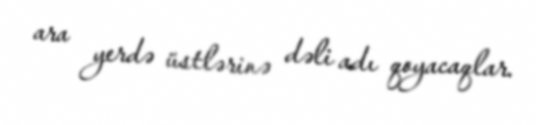
ara yerdə üstlərinə dəli adı qoyacaqlar.